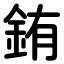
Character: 銪